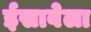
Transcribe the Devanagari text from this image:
ईसावेला